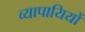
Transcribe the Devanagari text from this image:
व्यापायियों